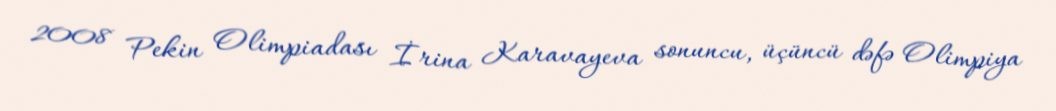
2008 Pekin Olimpiadası İrina Karavayeva sonuncu, üçüncü dəfə Olimpiya